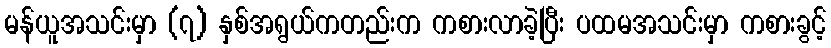
မန်ယူအသင်းမှာ (၇) နှစ်အရွယ်ကတည်းက ကစားလာခဲ့ပြီး ပထမအသင်းမှာ ကစားခွင့်